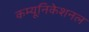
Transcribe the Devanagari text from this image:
कम्यूनिकेशनल